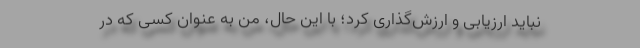
نباید ارزیابی و ارزش‌گذاری کرد؛ با این حال، من به عنوان کسی که در